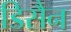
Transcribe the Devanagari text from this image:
डिसैन